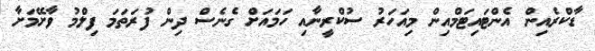
ޑާކްރެއިން އެންޓައިޓަމްއިން މިއަހަރު ސުކްރީނާއި ހަމައަށް ގެނެސް ދިން ފުރަތަމަ ފިލްމު ވާށޭމަށާ